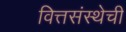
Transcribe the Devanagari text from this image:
वित्तसंस्थेची